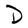
Character: D